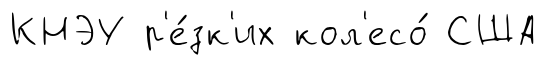
КНЭУ р'е́зк'их кол'есо́ США